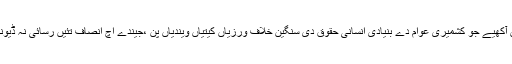
انسانی حقوق بارے اقوام متحدہ دے ہائی کمشنر دی رپورٹ دا حوالہ ڈیندے ہوئیں انہاں آکھیے جو کشمیری عوام دے بنیادی انسانی حقوق دی سنگین خلاف ورزیاں کیتیاں ویندیاں پن ،جیندے اچ انصاف تئیں رسائی نہ ڈیونڑ وی شامل ہے،مقبوضہ کشمیراچ انسانی حقوق دیاں خلاف ورزیاں انصاف دا قتل ہن۔